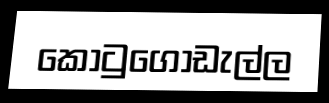
කොටුගොඩැල්ල